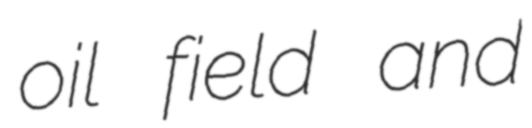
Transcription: oil field and